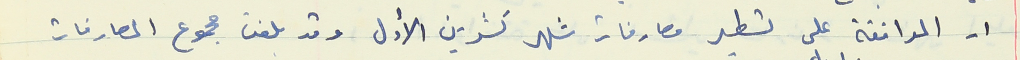
١- الموافقة على تسطير مصارفات شهر تشرين الأول وقد بلغت مجموع المصارفات